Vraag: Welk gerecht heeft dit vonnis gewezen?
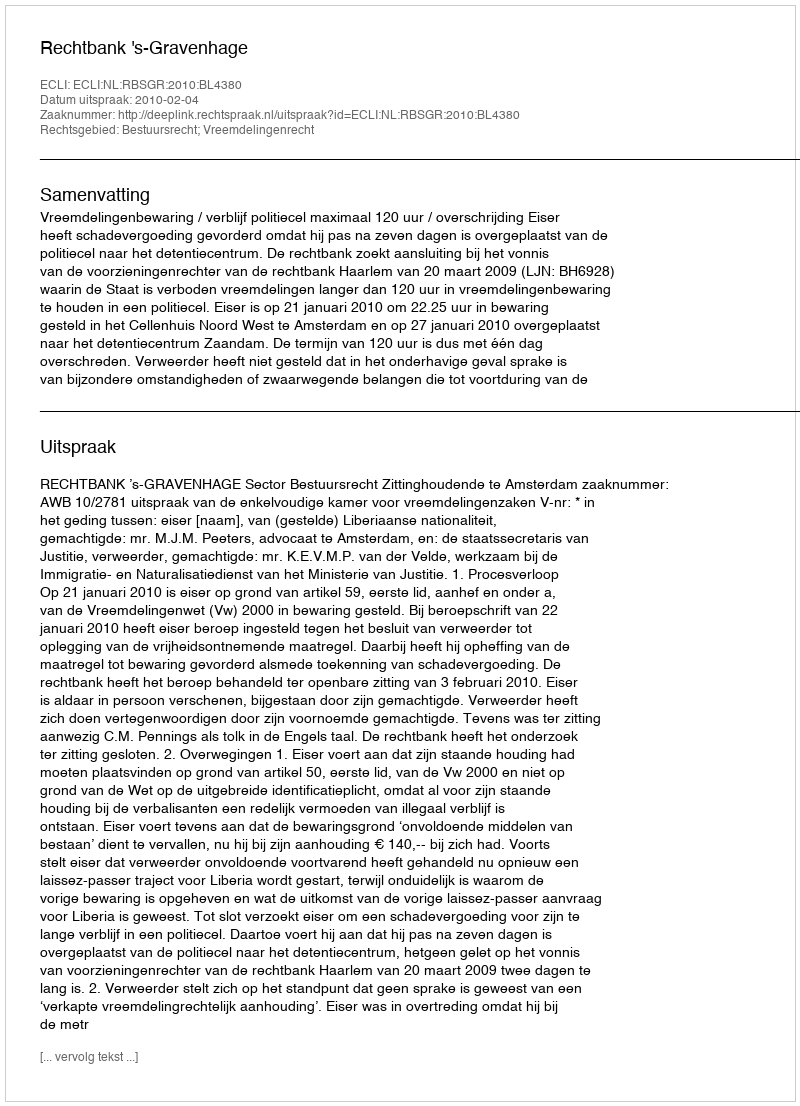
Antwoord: Rechtbank 's-Gravenhage